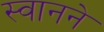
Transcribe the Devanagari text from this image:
स्वानने